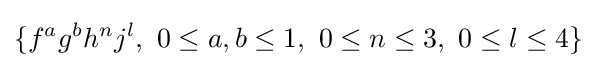
\{f^{a}g^{b}h^{n}j^{l},\ 0\leq a,b\leq 1,\ 0\leq n\leq 3,\ 0\leq l\leq 4\}